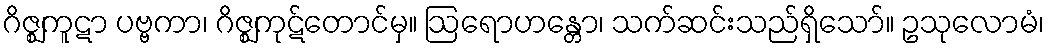
ဂိဇ္ဈကူဋာ ပဗ္ဗကာ၊ ဂိဇ္ဈကုဋ်တောင်မှ။ ဩရောဟန္တော၊ သက်ဆင်းသည်ရှိသော်။ ဥသုလောမံ၊